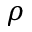
\rho